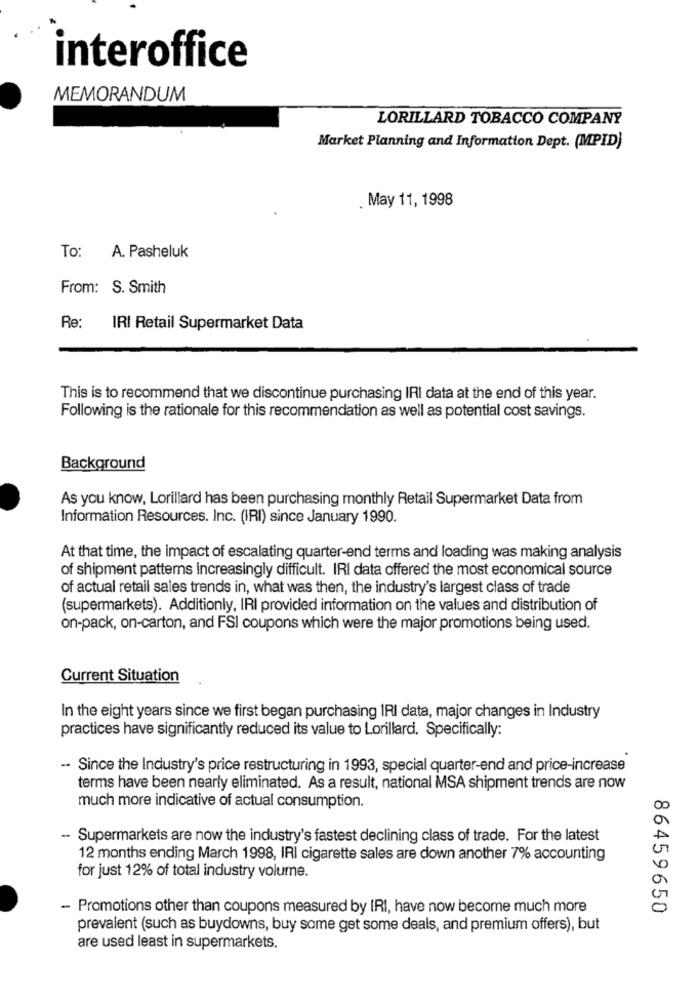
interoffice
MEMORANDUM
LORILLARD TOBACCO COMPANY
Market Planning and Information Dept. (MPID)
. May 11, 1998
To: A. Pasheluk
From: S. Smith
Re:
IRI Retail Supermarket Data
This is to recommend that we discontinue purchasing IRI data at the end of this year.
Following is the rationale for this recommendation as well as potential cost savings.
Background
As you know, Lorillard has been purchasing monthly Retail Supermarket Data from
Information Resources. Inc. (IRI) since January 1990.
At that time, the impact of escalating quarter-end terms and loading was making analysis
of shipment patterns increasingly difficult. IRI data offered the most economical source
of actual retail sales trends in, what was then, the industry's largest class of trade
(supermarkets). Additionly, IRI provided information on the values and distribution of
on-pack, on-carton, and FSI coupons which were the major promotions being used.
Current Situation
In the eight years since we first began purchasing IRI data, major changes in Industry
practices have significantly reduced its value to Lorillard. Specifically:
-- Since the Industry's price restructuring in 1993, special quarter-end and price-increase
terms have been nearly eliminated. As a result, national MSA shipment trends are now
much more indicative of actual consumption.
- Supermarkets are now the industry's fastest declining class of trade. For the latest
12 months ending March 1998, IRI cigarette sales are down another 7% accounting
for just 12% of total industry volume.
- Promotions other than coupons measured by IRI, have now become much more
86459650
prevalent (such as buydowns, buy some get some deals, and premium offers), but
are used least in supermarkets.